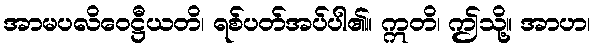
အာမပလိဝေဋ္ဌီယတိ၊ ရစ်ပတ်အပ်ပါ၏။ ဣတိ၊ ဤသို့။ အာဟ၊